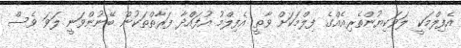
އެފިލްމަކީ ލަވަކިޔުންތެރިއެއްގެ ފިލްމަކަށް ވާތީ އެފިލްމު އުފައްދާ ފަރާތްތަކުން ބޭނުންވަނީ ލަވަ ވެސް